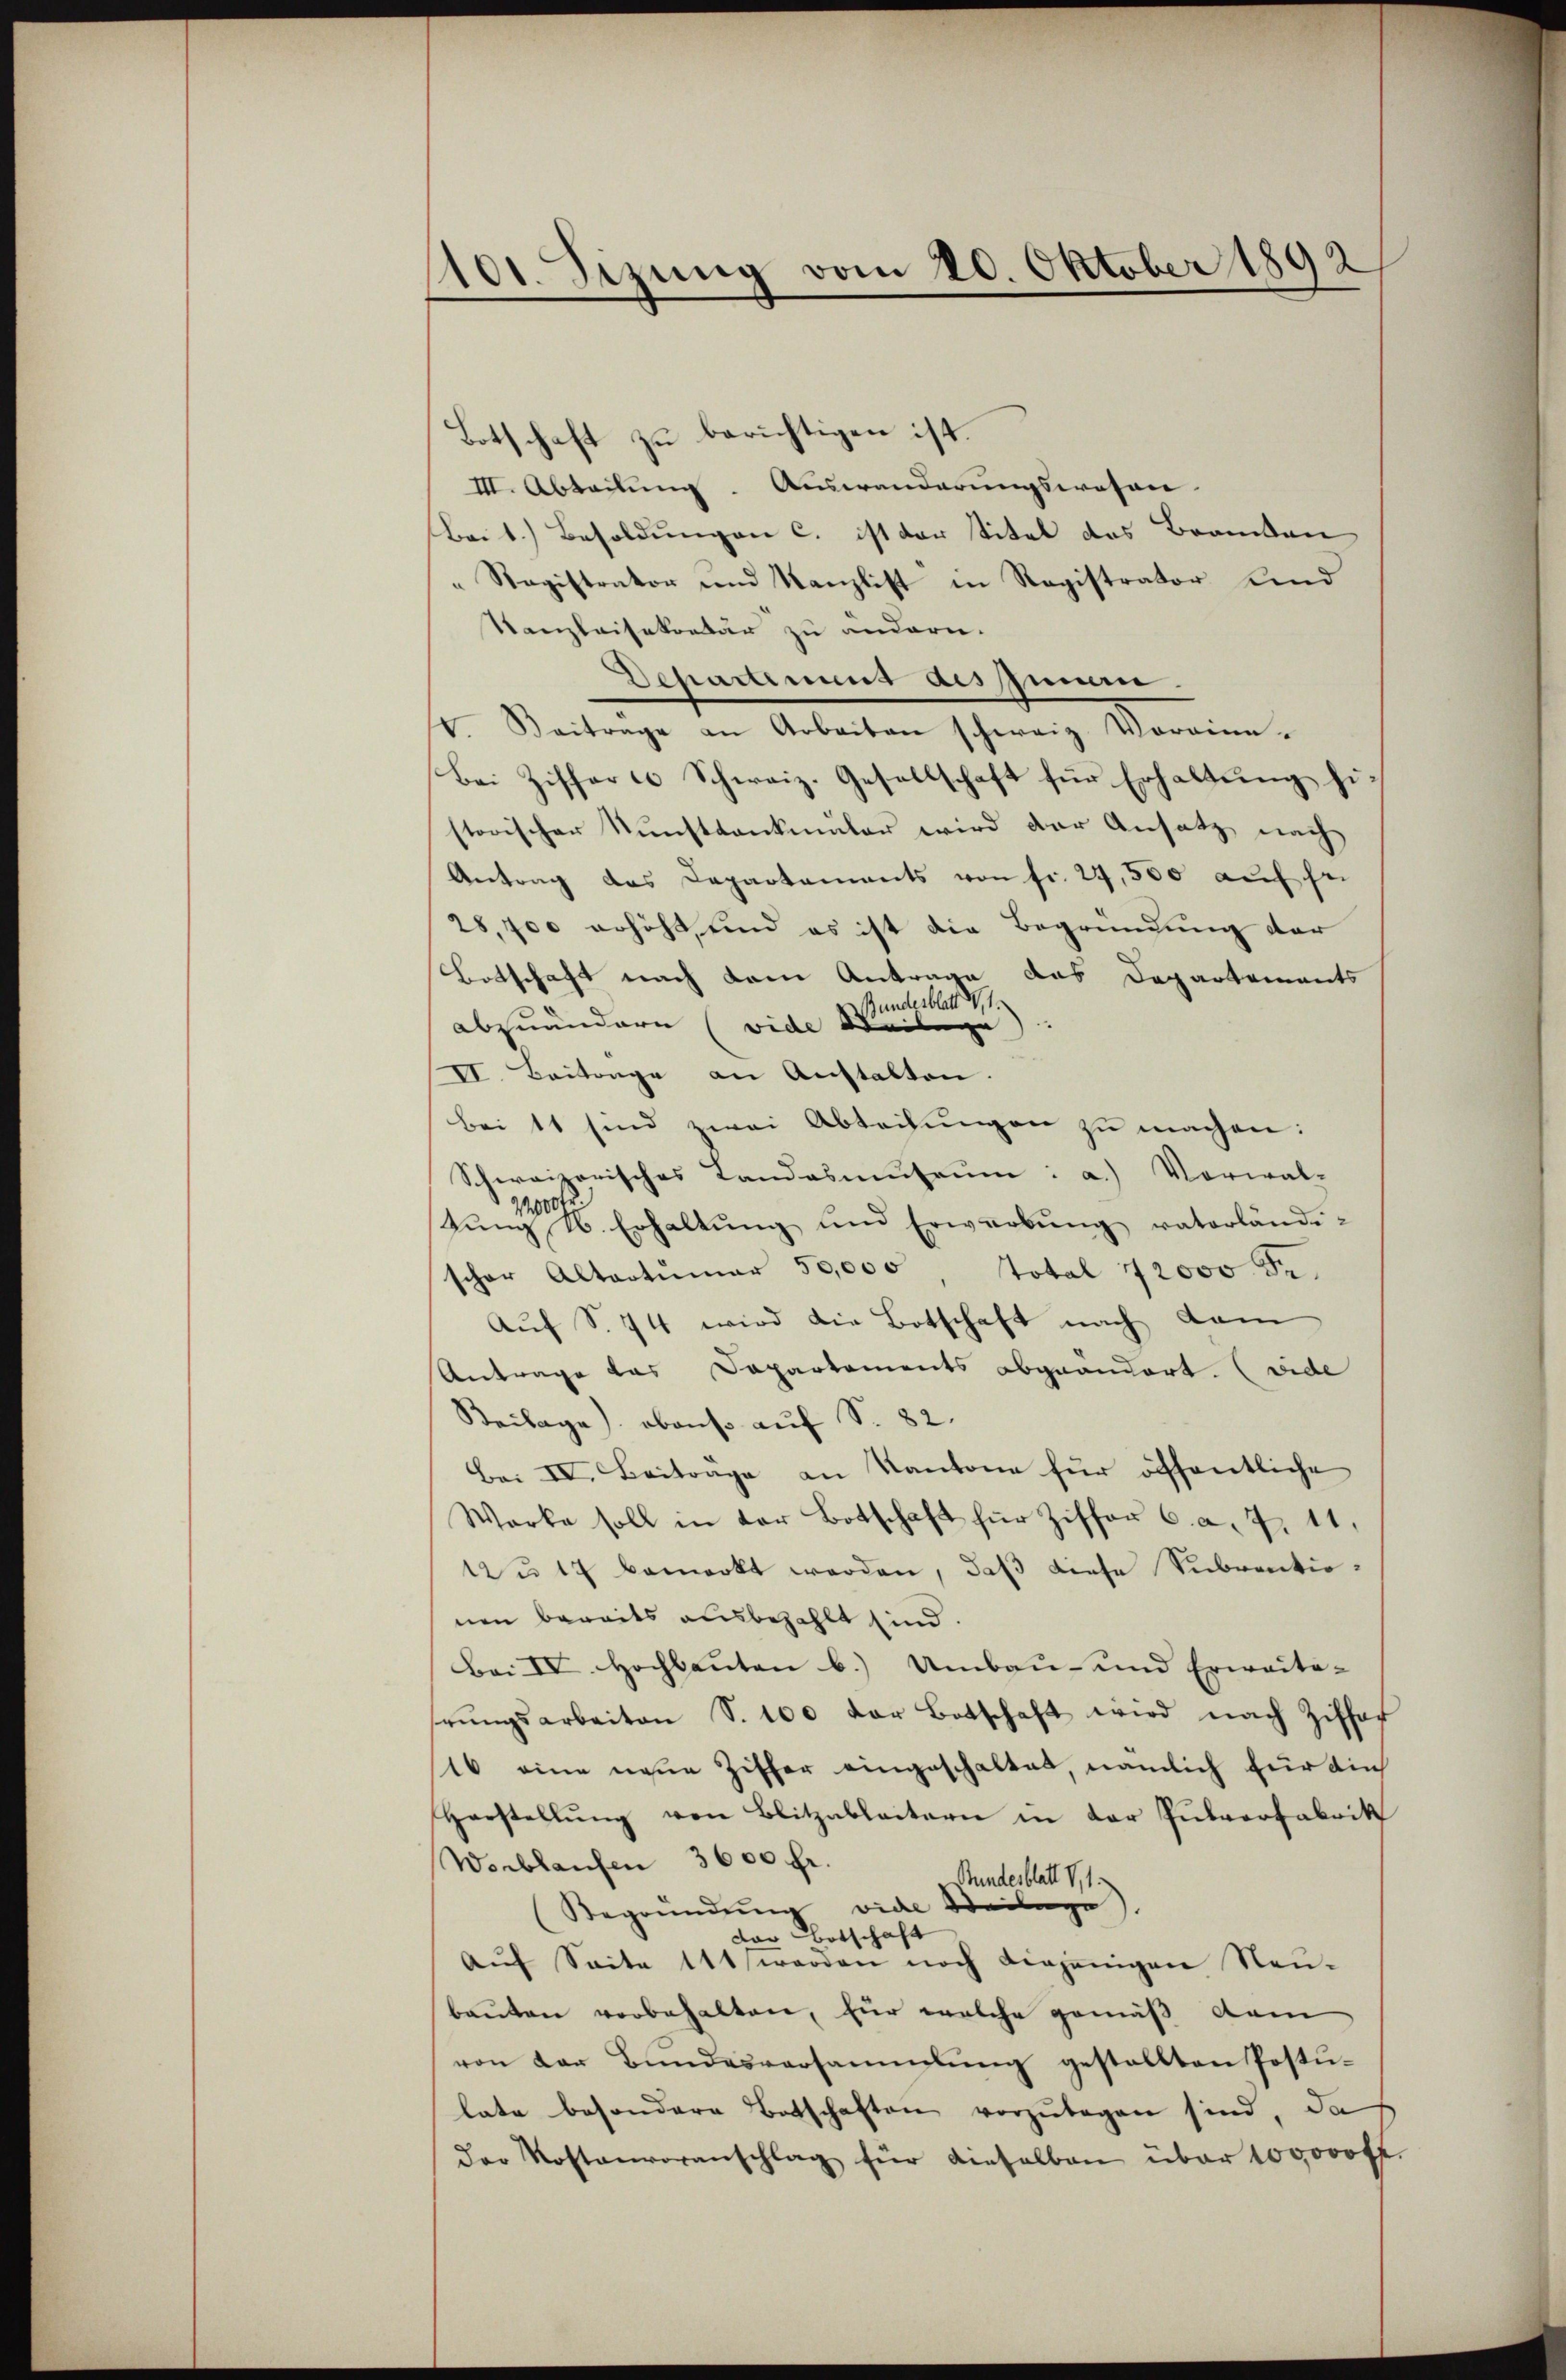
1101. Sizung vom 20. Oktober 1892

Botschaft zu berichtigen ist.
III. Abteilung. Auswanderungswesen.
Bei 1.) Besoldungen c. ist der Titel des Branden
Ragistrator und Kanzlist in Registrator Kind
Kanzleisekretär zu andern.
Departement des Zimmen.
V. Beitrage an Arbeiten schweiz. Voraine.
Bei Ziffert Schweiz. Gesellschaft für Erhaltung hi
storischer Kunstdankmaler wird der Ansatz nach
Antrag das Departaments von fr. 27,500 auf sei
28,700 erhöht, und es ist die Begründung der
Botschaft nach dem Antrage das Departements
Bundesblatt 21.
abzuändern (vide Beilage
II. Beitrage an Anstalten.
bei 11 sind zwei Abteilŭngen zu machen:
Schweizerisches Landasmuseum: a.) Vorwal-
tŭng U. Erhaltŭng und Erwerbŭng vaterlände-
scher Altortŭmar 50,000 Total 12000 Fr.
Auf S. 44 wird die Botschaft nach dam
Antrage das Departements abgeändert. (vide
Beilage). obenso auf S. 82.
Bei IV. Beitrage an Kantone für öffentliche
Warke soll in der Botschaft für Ziffer C. a. 7. 11,
12 u. 17 bemerkt werden, daß diese Subventionen bereits ausbezahlt sind.
Bai IV. Hochbauten b.) Umbau- und Erweite- |
rŭngsarbeiten S. 100 der Botschaft wird nach Ziffer
16 eine neue Ziffer eingeschaltet, nämlich für die
Harstellŭng von Blitzableitern in der Pulverfabrik
Werblaufen 3600 fr.
Stundesblatt 1,1
(Begründŭng vide Beilage)
dor Botschaft
Aŭf Seite 111 werden noch diejenigen Neu-
bauten vorbehalten, für welche gemäß dem
von der Bŭndesversammlung gestellten Postu-
late besondere Botschaften vorzulegen sind, da
der Kostenvoranschlag für dieselben über 100000 fr.